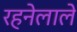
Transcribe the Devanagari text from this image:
रहनेलाले